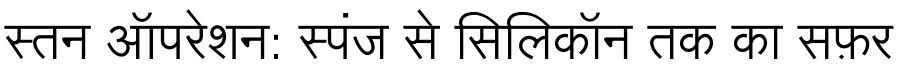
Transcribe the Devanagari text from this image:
स्तन ऑपरेशन: स्पंज से सिलिकॉन तक का सफ़र